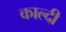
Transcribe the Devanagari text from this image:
काल्दी